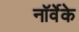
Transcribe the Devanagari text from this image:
नॉर्वेके